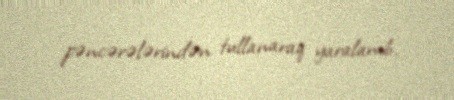
pəncərələrindən tullanaraq yaralanıb.